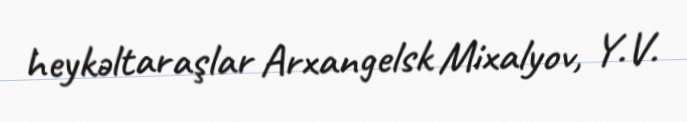
heykəltaraşlar Arxangelsk Mixalyov, Y.V.